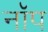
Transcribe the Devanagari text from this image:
नॉप